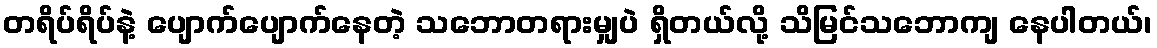
တရိပ်ရိပ်နဲ့ ပျောက်ပျောက်နေတဲ့ သဘောတရားမျှပဲ ရှိတယ်လို့ သိမြင်သဘောကျ နေပါတယ်၊